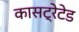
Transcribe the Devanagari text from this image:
कासट्रेटेड